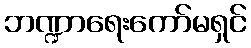
ဘဏ္ဍာရေးကော်မရှင်